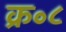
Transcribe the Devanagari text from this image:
क्र॰८